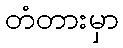
တံတားမှာ